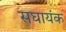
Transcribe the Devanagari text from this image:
सघायंक